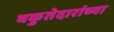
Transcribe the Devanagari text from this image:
बकुतेदारांच्या